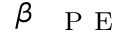
\beta _ { \mathrm { ~ \textsc ~ { ~ P ~ E ~ } ~ } }